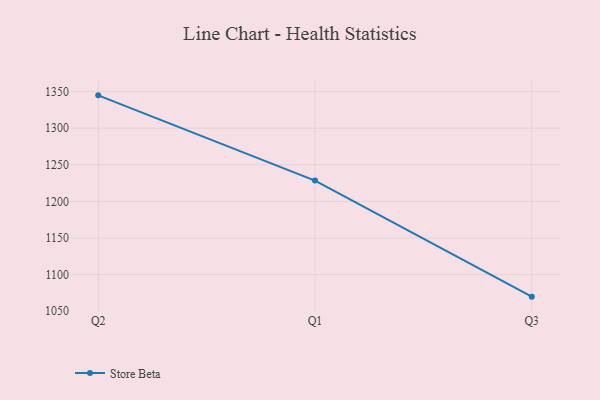
{"axis": {"x": "Quarter", "y": "Tickets Resolved"}, "legend": ["Store Beta"], "data": [{"x": "Q2", "y": 1344.8, "type": "Store Beta"}, {"x": "Q1", "y": 1228.4, "type": "Store Beta"}, {"x": "Q3", "y": 1069.9, "type": "Store Beta"}]}